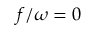
f / \omega = 0